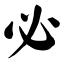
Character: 必